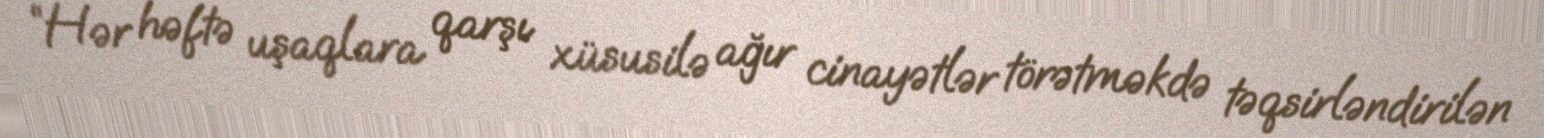
“Hər həftə uşaqlara qarşı xüsusilə ağır cinayətlər törətməkdə təqsirləndirilən